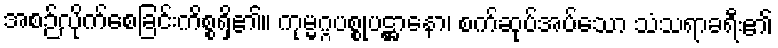
အစဉ်လိုက်စေခြင်းကိစ္စရှိ၏။ ကုမ္မဂ္ဂပစ္စုပဋ္ဌာနော၊ စက်ဆုပ်အပ်သော သံသရာခရီး၏